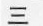
三